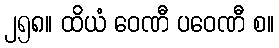
၂၅၈။ ထိယံ ဝေဏီ ပဝေဏီ စ။